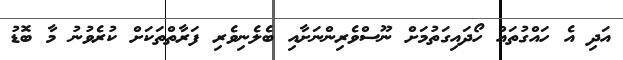
އަދި އެ ހައްގުތައް ހޯދައިގަތުމަށް ނޫސްވެރިންނަށާއި ބެލެނިވެރި ފަރާތްތަކަށް ކުރެވުނު މާ ބޮޑު